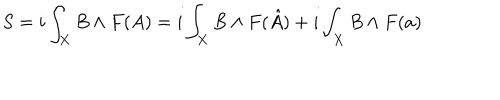
S = i \int _ { X } B \wedge { } F ( A ) = i \int _ { X } B \wedge { } F ( \hat { A } ) + i \int _ { X } B \wedge { } F ( a )